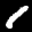
Label: 1